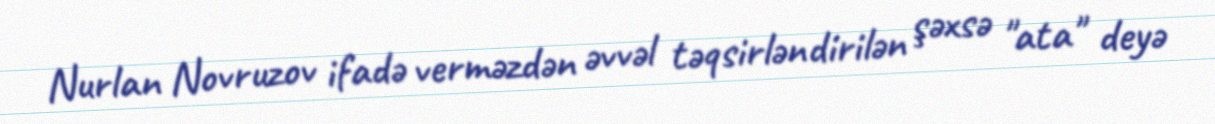
Nurlan Novruzov ifadə verməzdən əvvəl təqsirləndirilən şəxsə "ata" deyə